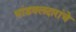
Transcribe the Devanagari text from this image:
भांडवलदारांचे